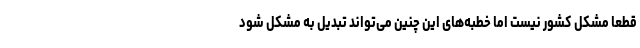
قطعا مشکل کشور نیست اما خطبه‌های این چنین می‌تواند تبدیل به مشکل شود